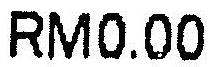
RM0.00